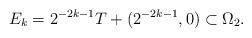
LaTeX: \begin{align*}E_k = 2^{-2k-1}T + (2^{-2k-1},0) \subset \Omega_2.\end{align*}